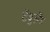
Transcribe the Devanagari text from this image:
टेंबुलँड